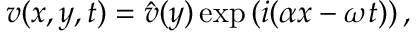
v ( x , y , t ) = \hat { v } ( y ) \exp \left( i ( \alpha x - \omega t ) \right) ,